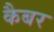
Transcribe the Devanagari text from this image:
कैबर